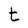
Character: t